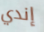
إندي